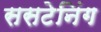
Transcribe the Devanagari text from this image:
ससटेनिंग